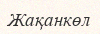
Жақанкөл